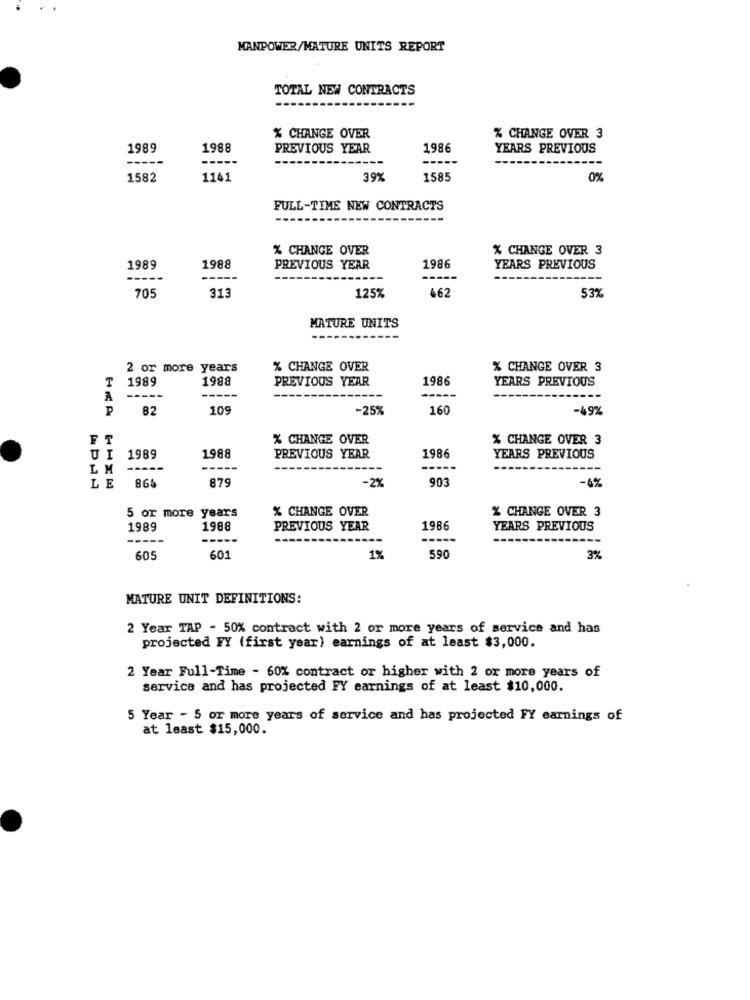
MANPOWER/MATURE UNITS REPORT
TOTAL NEW CONTRACTS
% CHANGE OVER
% CHANGE OVER 3
1989
1988
PREVIOUS YEAR
1986
YEARS PREVIOUS
-----
---
1582
1141
39%
1585
0%
FULL-TIME NEW CONTRACTS
% CHANGE OVER
% CHANGE OVER 3
1989
1988
PREVIOUS YEAR
1986
YEARS PREVIOUS
-----
-----
-----
----
313
662
705
125%
53%
MATURE UNITS
2 or more years
% CHANGE OVER
% CHANGE OVER 3
T
1989
1988
PREVIOUS YEAR
1986
YEARS PREVIOUS
A
-----
----
---
82
109
-25%
160
-49%
FT
% CHANGE OVER
% CHANGE OVER 3
1988
UI
1989
PREVIOUS YEAR
1986
YEARS PREVIOUS
LM
---
LE
865
879
90
-2%
-4%
5 or more years
% CHANGE OVER
% CHANGE OVER 3
1989
1988
PREVIOUS YEAR
1986
YEARS PREVIOUS
---
605
601
1%
590
3%
MATURE UNIT DEFINITIONS:
2 Year TAP - 50% contract with 2 or more years of service and has
projected FY (first year) earnings of at least $3,000.
2 Year Full-Time - 60% contract or higher with 2 or more years of
service and has projected FY earnings of at least $10,000.
5 Year - 5 or more years of service and has projected FY earnings of
at least $15,000.